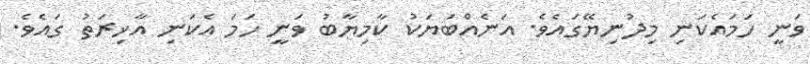
ވަނީ ހަމައެކަނި މިދުނިޔޭގައެވެ. އަނެއްބަޔަކު ކާމިޔާބު ވަނީ ހަމަ އެކަނި އާޚިރަތު ގައެވެ.